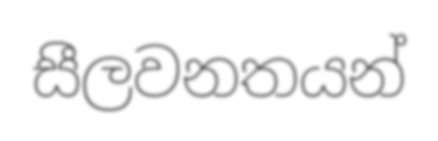
සීලවනතයන්